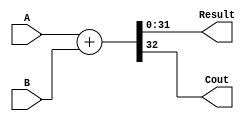
`ifndef _behavioral_adder
`define _behavioral_adder

module behavioral_adder #(
  parameter Width = 32
)
(
  input   [Width-1:0] A,
  input   [Width-1:0] B,
  output  [Width-1:0] Result,
  output              Cout
);

  assign {Cout, Result} = A + B;

endmodule

`endif